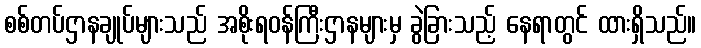
စစ်တပ်ဌာနချုပ်များသည် အစိုးရဝန်ကြီးဌာနများမှ ခွဲခြားသည့် နေရာတွင် ထားရှိသည်။